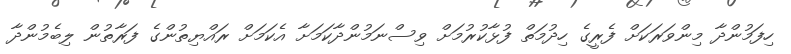
ހިފަމުންދާ މިންވަރަކަށް ފެރީގެ ހިދުމަތް ފުޅާކުރުމަށް ވިސްނަމުންދާކަމަށާ އެކަމަށް ރައްޔިތުންގެ ފަރާތުން ލިބެމުންދާ